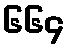
၆၆၄